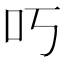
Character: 𫩐